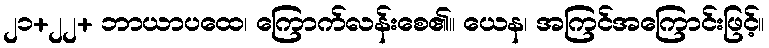
၂၁+၂၂+ ဘာယာပထေ၊ ကြောက်လန်းစေ၏။ ယေန၊ အကြင်အကြောင်းဖြင့်။